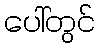
ပေါ်တွင်